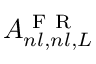
A _ { n l , n l , L } ^ { \mathrm { ~ F ~ R ~ } }